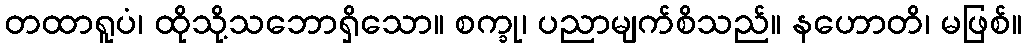
တထာရူပံ၊ ထိုသို့သဘောရှိသော။ စက္ခု၊ ပညာမျက်စိသည်။ နဟောတိ၊ မဖြစ်။